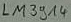
Text: LM3914